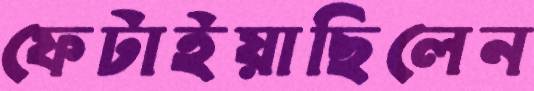
ফেটাইয়াছিলেন